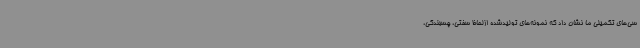
سی‌های تکمیلی ما نشان داد که نمونه‌های تولیدشده ازلحاظ سفتی، چسبندگی،